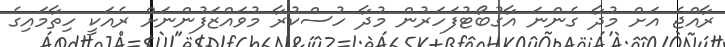
ރާއްޖެ އަށް މުދާ ގެންނަ އާގުބޯޓުފަހަރުން މުދާ ހުސްކުރާ މުވައްޒަފުންނަށް ރެއަކީ ހިތާމައިގެ